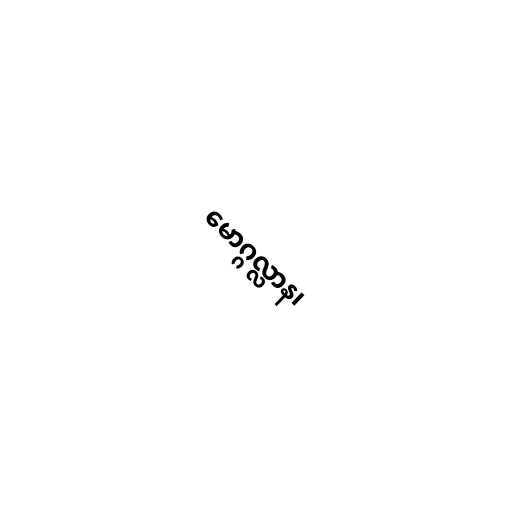
မောဂ္ဂလ္လာန၊